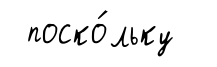
поско́льку